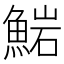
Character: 𩸶